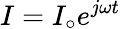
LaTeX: I=I_{\circ}e^{j\omega t}